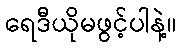
ရေဒီယိုမဖွင့်ပါနဲ့။